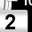
Digit: 2